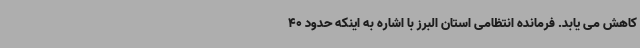
کاهش می یابد. فرمانده انتظامی استان البرز با اشاره به اینکه حدود 40